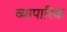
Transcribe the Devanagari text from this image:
व्‍यापारिक